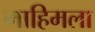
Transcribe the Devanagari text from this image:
माहिमला